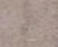
شفاهي